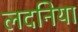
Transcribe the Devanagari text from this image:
लदनिया